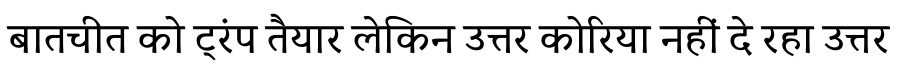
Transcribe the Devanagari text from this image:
बातचीत को ट्रंप तैयार लेकिन उत्तर कोरिया नहीं दे रहा उत्तर